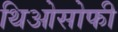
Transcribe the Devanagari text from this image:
थिओसोफी